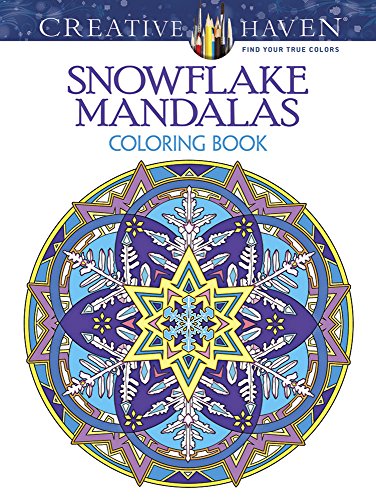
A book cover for Creative Haven Snowflake Mandalas Coloring Book (Creative Haven Coloring Books); Marty Noble; Humor & Entertainment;